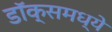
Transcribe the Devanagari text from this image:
डॉक्समध्ये